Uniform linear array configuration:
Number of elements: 48
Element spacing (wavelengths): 0.25
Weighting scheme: uniform
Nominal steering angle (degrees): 60
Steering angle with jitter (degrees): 58.703
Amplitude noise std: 0.05
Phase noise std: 0.05

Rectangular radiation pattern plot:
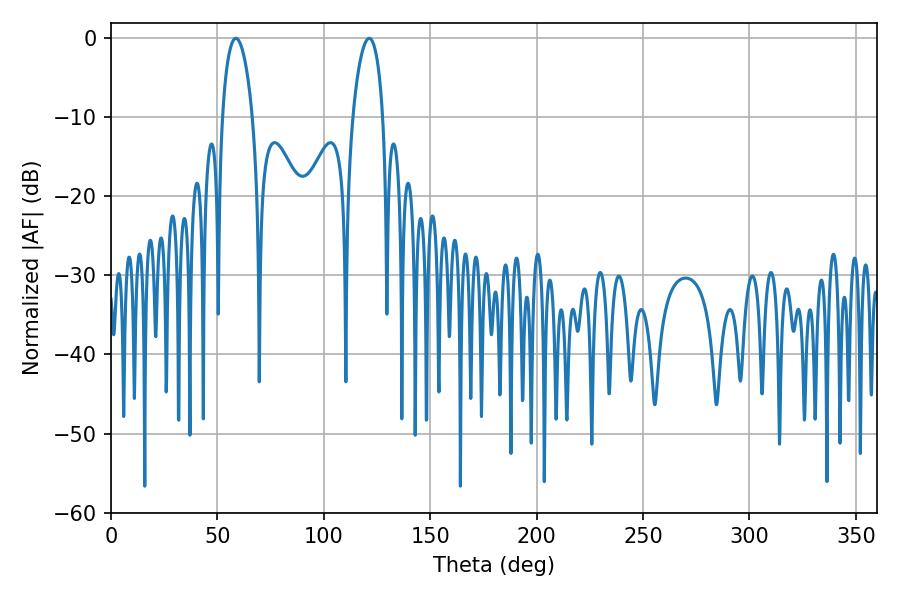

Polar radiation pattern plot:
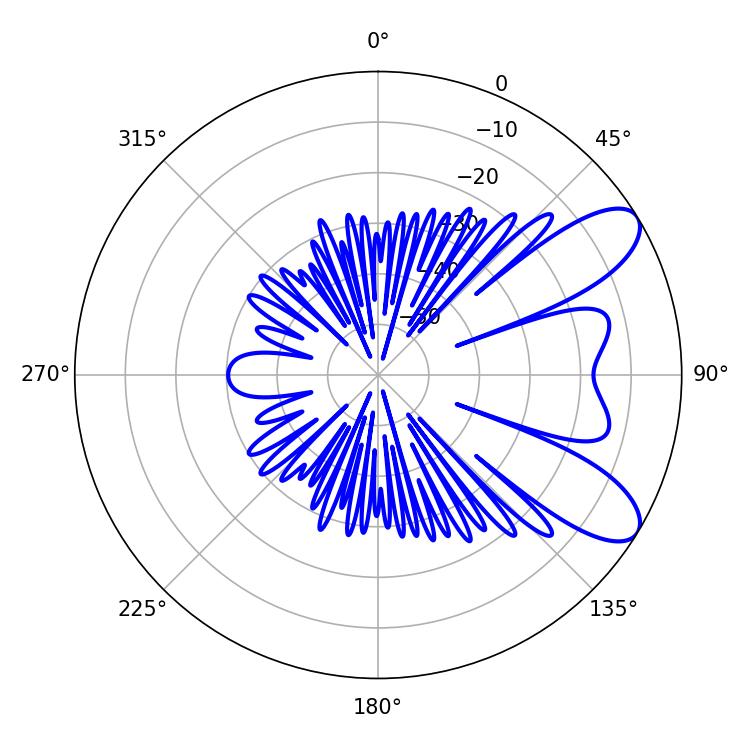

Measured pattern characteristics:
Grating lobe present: FALSE
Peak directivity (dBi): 8.568
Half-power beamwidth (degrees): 8.1
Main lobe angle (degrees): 58.68